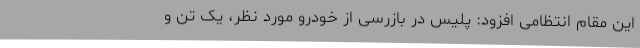
این مقام انتظامی افزود: پلیس در بازرسی از خودرو مورد نظر، یک تن و